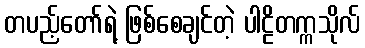
တပည့်တော်ရဲ့ ဖြစ်စေချင်တဲ့ ပါဠိတက္ကသိုလ်